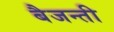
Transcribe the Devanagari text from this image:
बैजन्ती